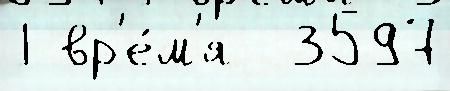
j вр'е́м'я  3597